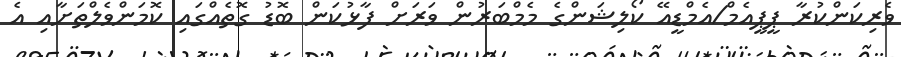
ވެރިކަންކުރާ ޕީޕީއެމް/އެމްޑީއޭ ކޯލިޝަންގެ މެމްބަރުން ވަރަށް ފާޅުކަން ބޮޑު ގޮތެއްގައި ކޮމަންވެލްތަށާއި އެ